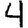
Digit: 4